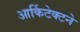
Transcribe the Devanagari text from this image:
आर्किटेक्‍टने